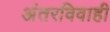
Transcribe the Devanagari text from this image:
अंतरविवाही